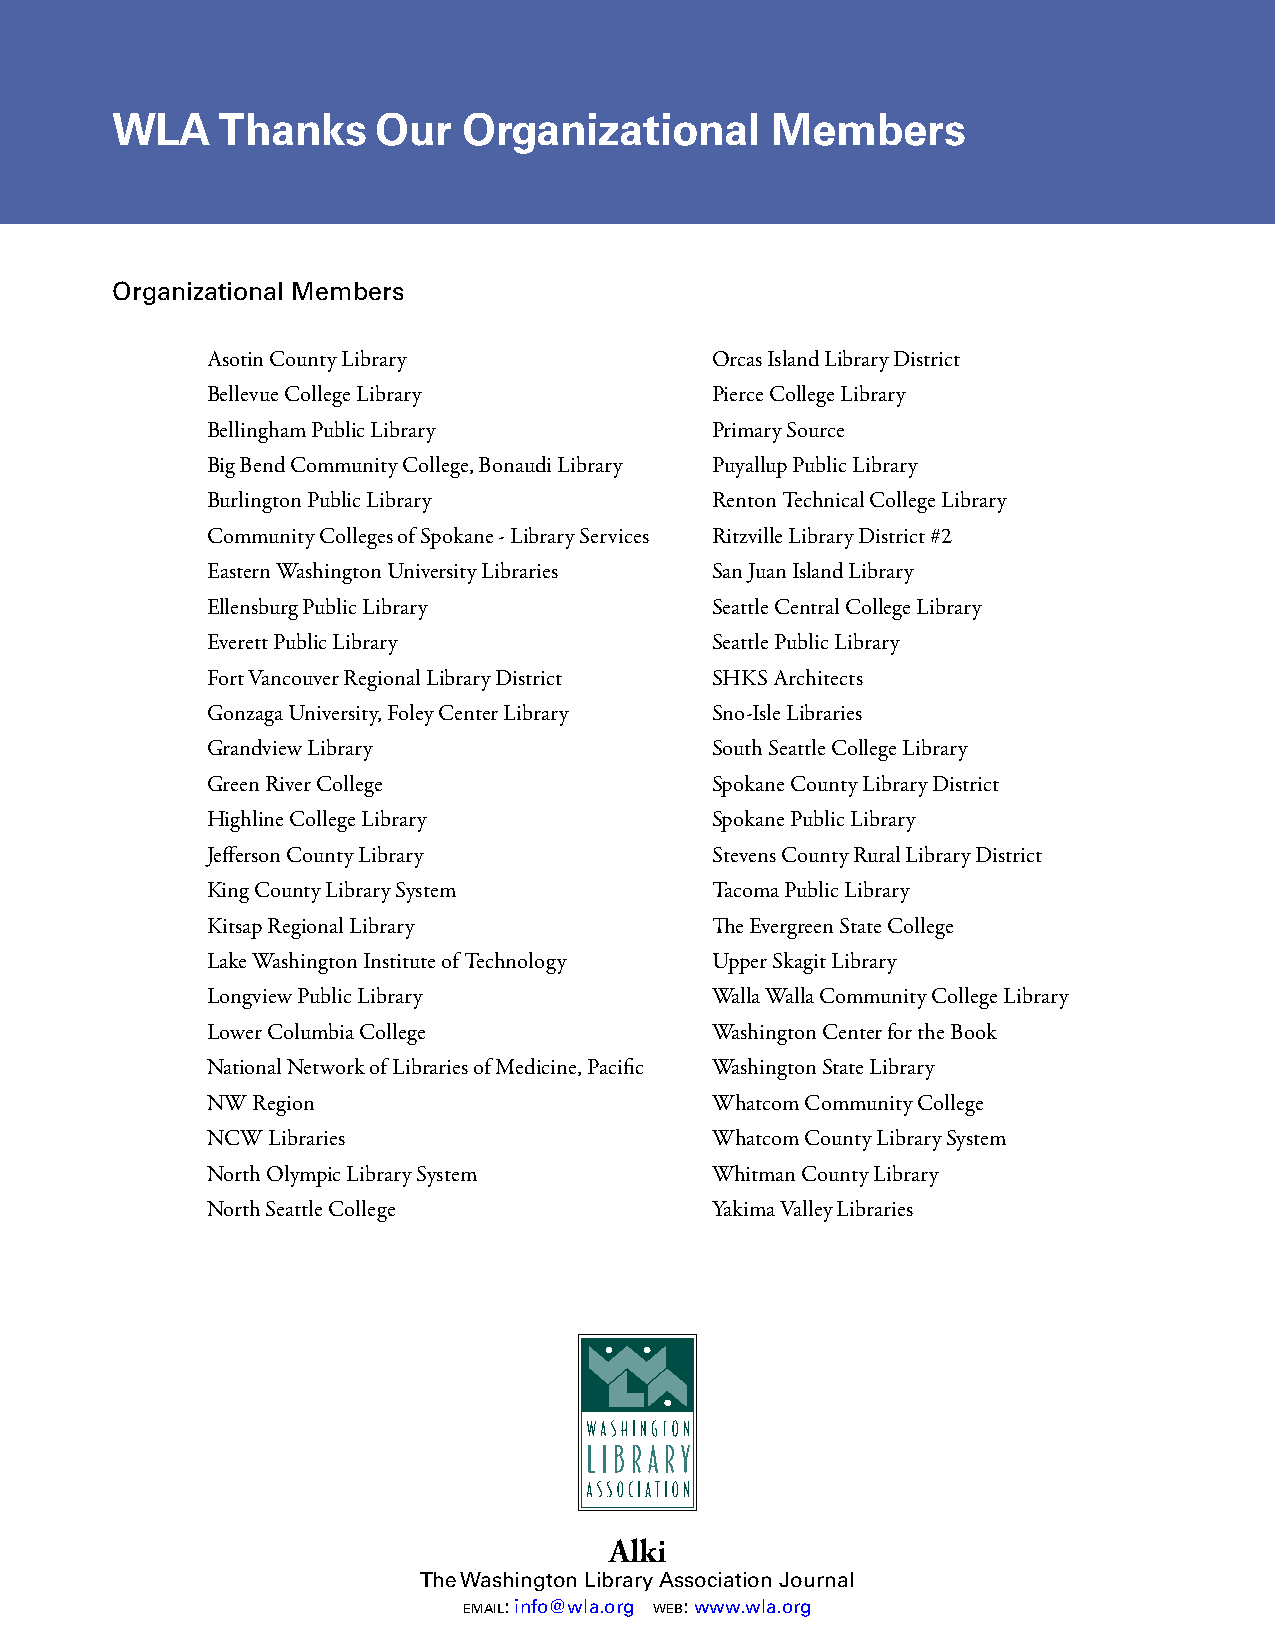
WLA    Thanks     Our   Organizational      Members
 Organizational Members
 Asotin County Library            Orcas Island Library District
 Bellevue College Library         Pierce College Library
 Bellingham Public Library        Primary Source
 Big Bend Community College, Bonaudi Library Puyallup Public Library
 Burlington Public Library        Renton Technical College Library
 Community Colleges of Spokane - Library Services Ritzville Library District #2
 Eastern Washington University Libraries San Juan Island Library
 Ellensburg Public Library        Seattle Central College Library
 Everett Public Library           Seattle Public Library
 Fort Vancouver Regional Library District SHKS Architects
 Gonzaga University, Foley Center Library Sno-Isle Libraries
 Grandview Library                South Seattle College Library
 Green River College              Spokane County Library District
 Highline College Library         Spokane Public Library
 Jefferson County Library         Stevens County Rural Library District
 King County Library System       Tacoma Public Library
 Kitsap Regional Library          The Evergreen State College
 Lake Washington Institute of Technology Upper Skagit Library
 Longview Public Library          Walla Walla Community College Library
 Lower Columbia College           Washington Center for the Book
 National Network of Libraries of Medicine, Pacific Washington State Library
 NW Region                        Whatcom Community College
 NCW Libraries                    Whatcom County Library System
 North Olympic Library System     Whitman County Library
 North Seattle College            Yakima Valley Libraries
 Alki
 The Washington Library Association Journal
 email: info@wla.org web: www.wla.org